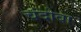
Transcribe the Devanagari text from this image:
चंदोबा